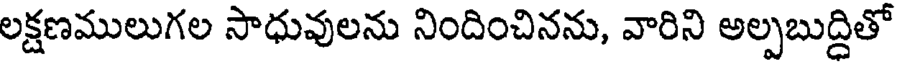
లక్షణములుగల సాధువులను నిందించినను, వారిని అల్పబుద్దితో